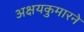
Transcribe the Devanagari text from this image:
अक्षयकुमारने